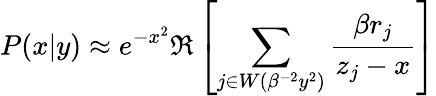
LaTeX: P(x|y)\approx e^{-x^{2}}\Re\left[\sum_{j\in W(\beta^{-2}y^{2})}\frac{\beta r_{j}}{z_{j}-x}\right]